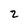
Character: 2